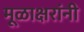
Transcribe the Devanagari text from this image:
मूळाक्षरांनी